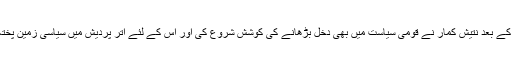
بہار میں تاریخی جیت کے بعد نتیش کمار نے قومی سیاست میں بھی دخل بڑھانے کی کوشش شروع کی اور اس کے لئے اتر پردیش میں سیاسی زمین پختہ کرنے کی مہم چلایا ۔